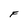
Character: F